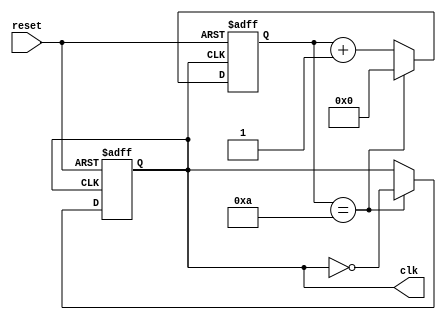
module master_clock_generator(
    input wire reset,
    output reg clk
);

// Define clock period
parameter CLK_PERIOD = 10;

// Internal counter
reg [31:0] counter;

// Clock generation logic
always @(posedge reset or posedge clk) begin
    if (reset) begin
        counter <= 0;
        clk <= 0;
    end else begin
        if (counter == CLK_PERIOD) begin
            clk <= ~clk;
            counter <= 0;
        end else begin
            counter <= counter + 1;
        end
    end
end

endmodule